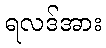
ရလဒ်အား